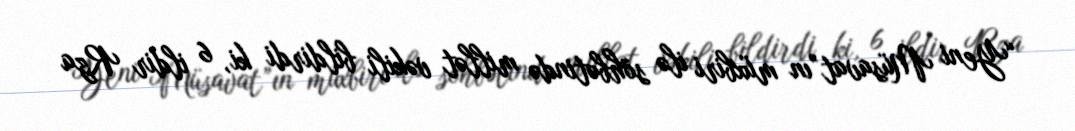
“Yeni Müsavat”ın müxbiri ilə söhbətində millət vəkili bildirdi ki, 6 ildir Rza